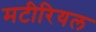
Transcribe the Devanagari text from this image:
मटीरियल